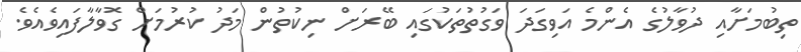
ތިބުމަށާއި ދުވާލުގެ އެންމެ އަވިގަދަ ވަގުތުތަކުގައި ބޭރަށް ނިކުތުން މަދު ކުރުމަށް ގޮވާލާފައިވެއެވެ.